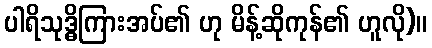
ပါရိသုဒ္ဓိကြားအပ်၏ ဟု မိန့်ဆိုကုန်၏ ဟူလို)။